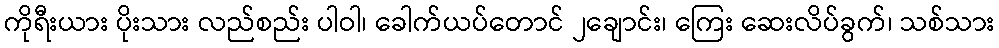
ကိုရီးယား ပိုးသား လည်စည်း ပါဝါ၊ ခေါက်ယပ်တောင် ၂ချောင်း၊ ကြေး ဆေးလိပ်ခွက်၊ သစ်သား